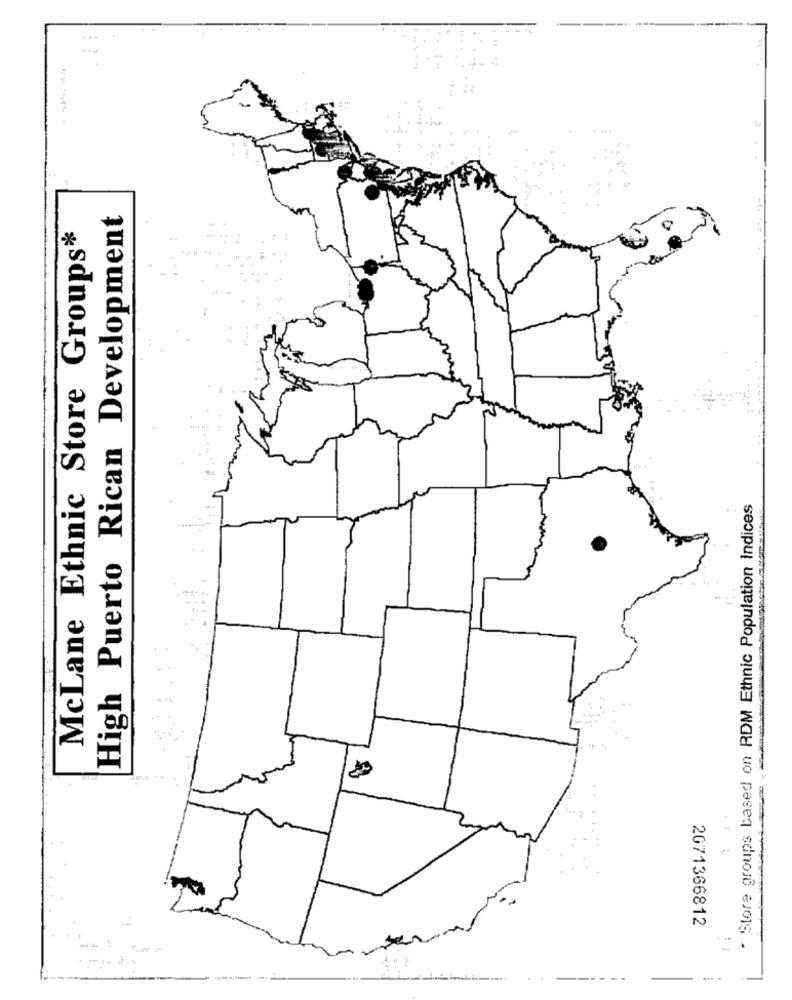
High Puerto Rican Development
McLane Ethnic Store Groups*
* Store groups based on RDM Ethnic Population Indices
2071366812
----
... .